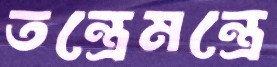
তন্ত্রেমন্ত্রে